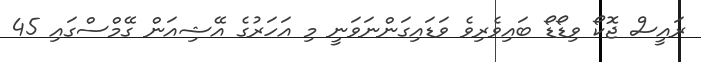
ރައީސް ޖޮކޯ ވިޑޯޑޯ ބައިވެރިވެ ވަޑައިގަންނަވަނީ މި އަހަރުގެ އޭޝިއަން ގޭމްސްގައި 45